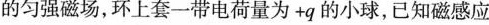
的匀强磁场，环上套一带电荷量为+q的小球，已知磁感应